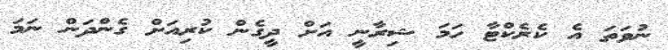
ނުވަތަ އެ ކެރެކްޓާ ހަމަ ޝިރާނީ އަށް ދީގެން ކުރިއަށް ގެންދަން ނަމަ